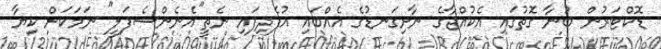
ޑޮކްޓަރުން ބުނާ ގޮތުގައި އެކުއްޖާގެ ނާށިިގަނޑުގެ އެއްބައި އުފެދިފައި ނެތީ"އެނެންސެފަލީ" ނަމަކަށް ކިޔާ